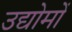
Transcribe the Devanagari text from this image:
उद्योमों